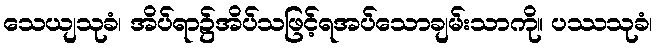
သေယျသုခံ၊ အိပ်ရာ၌အိပ်သဖြင့်ရအပ်သောချမ်းသာကို။ ပဿသုခံ၊